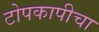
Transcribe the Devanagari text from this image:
टोपकापीचा